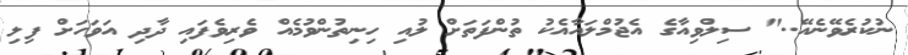
ނުކުރެވޭނެއޭ.." ސިލްވިއާގެ އެޖުމްލައާއެކު ތުންފަތަށް ލުއި ހިނިތުންވުމެއް ވެރިވެފައި ދާދި އަވަހަށް ފިލި